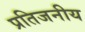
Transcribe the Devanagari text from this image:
प्रतिजनीय